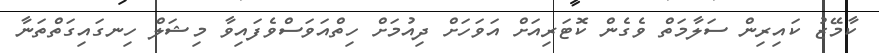
ކާމޭޒު ކައިރިން ސަލާމަތް ވެގެން ކޮޓަރިއަށް އަވަހަށް ދިއުމަށް ހިތްއަވަސްވެފައިވާ މިޝަލް ހިނގައިގަތްތަނާ